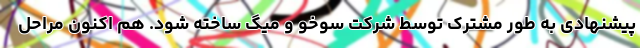
پیشنهادی به طور مشترک توسط شرکت سوخو و میگ ساخته شود. هم اکنون مراحل